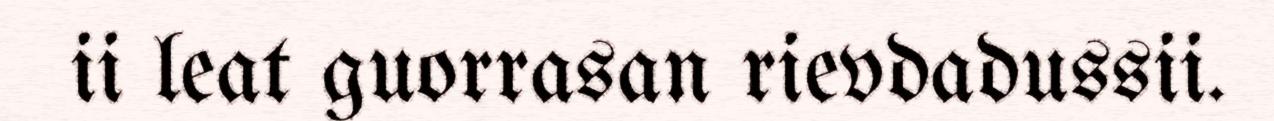
ii leat guorrasan rievdadussii.